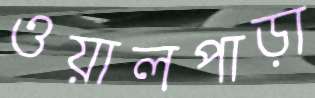
ওয়ালপাড়া